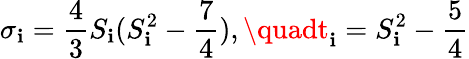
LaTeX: {\sigma}_{\mathbf{i}}={\frac{{4}}{{3}}}S_{\mathbf{i}}(S_{\mathbf{i}}^{2}-{\frac{{7}}{{4}}}),\quadt_{\mathbf{i}}=S_{\mathbf{i}}^{2}-{\frac{{5}}{{4}}}